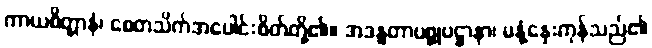
ကာယစိတ္တာနံ၊ စေတသိက်အပေါင်းစိတ်တို့၏။ အဒန္ဓတာပစ္စုပဋ္ဌာနာ၊ မနုံ့နှေးကုန်သည်၏